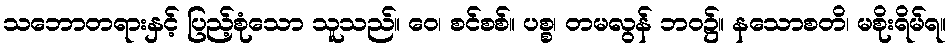
သဘောတရားနှင့် ပြည့်စုံသော သူသည်။ ဝေ၊ စင်စစ်။ ပစ္စ၊ တမလွန် ဘဝ၌။ နသောစတိ၊ မစိုးရိမ်ရ။